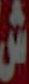
ش